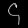
Digit: ၄